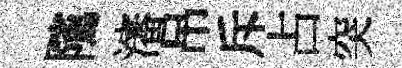
隲瀋吊斥占突